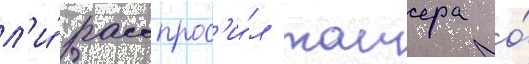
л'и́ расспрос'и́л таиера о́